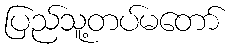
ပြည်သူ့တပ်မတော်